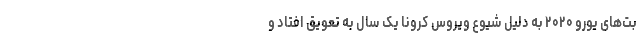
بت‌های یورو ۲۰۲۰ به دلیل شیوع ویروس کرونا یک سال به تعویق افتاد و